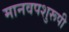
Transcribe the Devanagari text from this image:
मानवपशुरूपी